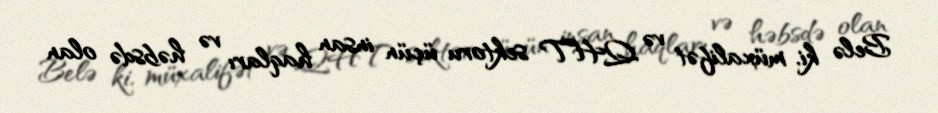
Belə ki, müxalifət və QHT sektoru üçün insan haqları və həbsdə olan